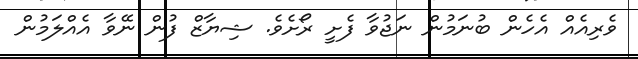
ވެރިއެއް އެހެން ބުނަމުން ނަޖުވާ ފެށީ ރޯށެވެ. ޝިޔާޒް ފުން ނޭވާ އެއްލަމުން